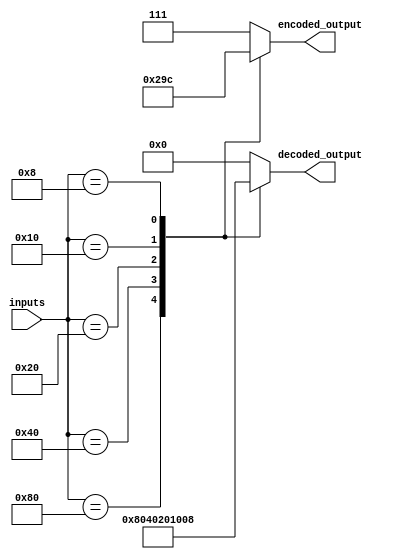
module priority_encoder_decoder(
    input wire [7:0] inputs,
    output reg [2:0] encoded_output,
    output reg [7:0] decoded_output
);

always @(*) begin
    case(inputs)
        8'b10000000: begin
            encoded_output = 3'b000;
            decoded_output = 8'b10000000;
        end
        8'b01000000: begin
            encoded_output = 3'b001;
            decoded_output = 8'b01000000;
        end
        8'b00100000: begin
            encoded_output = 3'b010;
            decoded_output = 8'b00100000;
        end
        8'b00010000: begin
            encoded_output = 3'b011;
            decoded_output = 8'b00010000;
        end
        8'b00001000: begin
            encoded_output = 3'b100;
            decoded_output = 8'b00001000;
        end
        default: begin
            encoded_output = 3'b111; // no valid input
            decoded_output = 8'b00000000;
        end
    endcase
end

endmodule